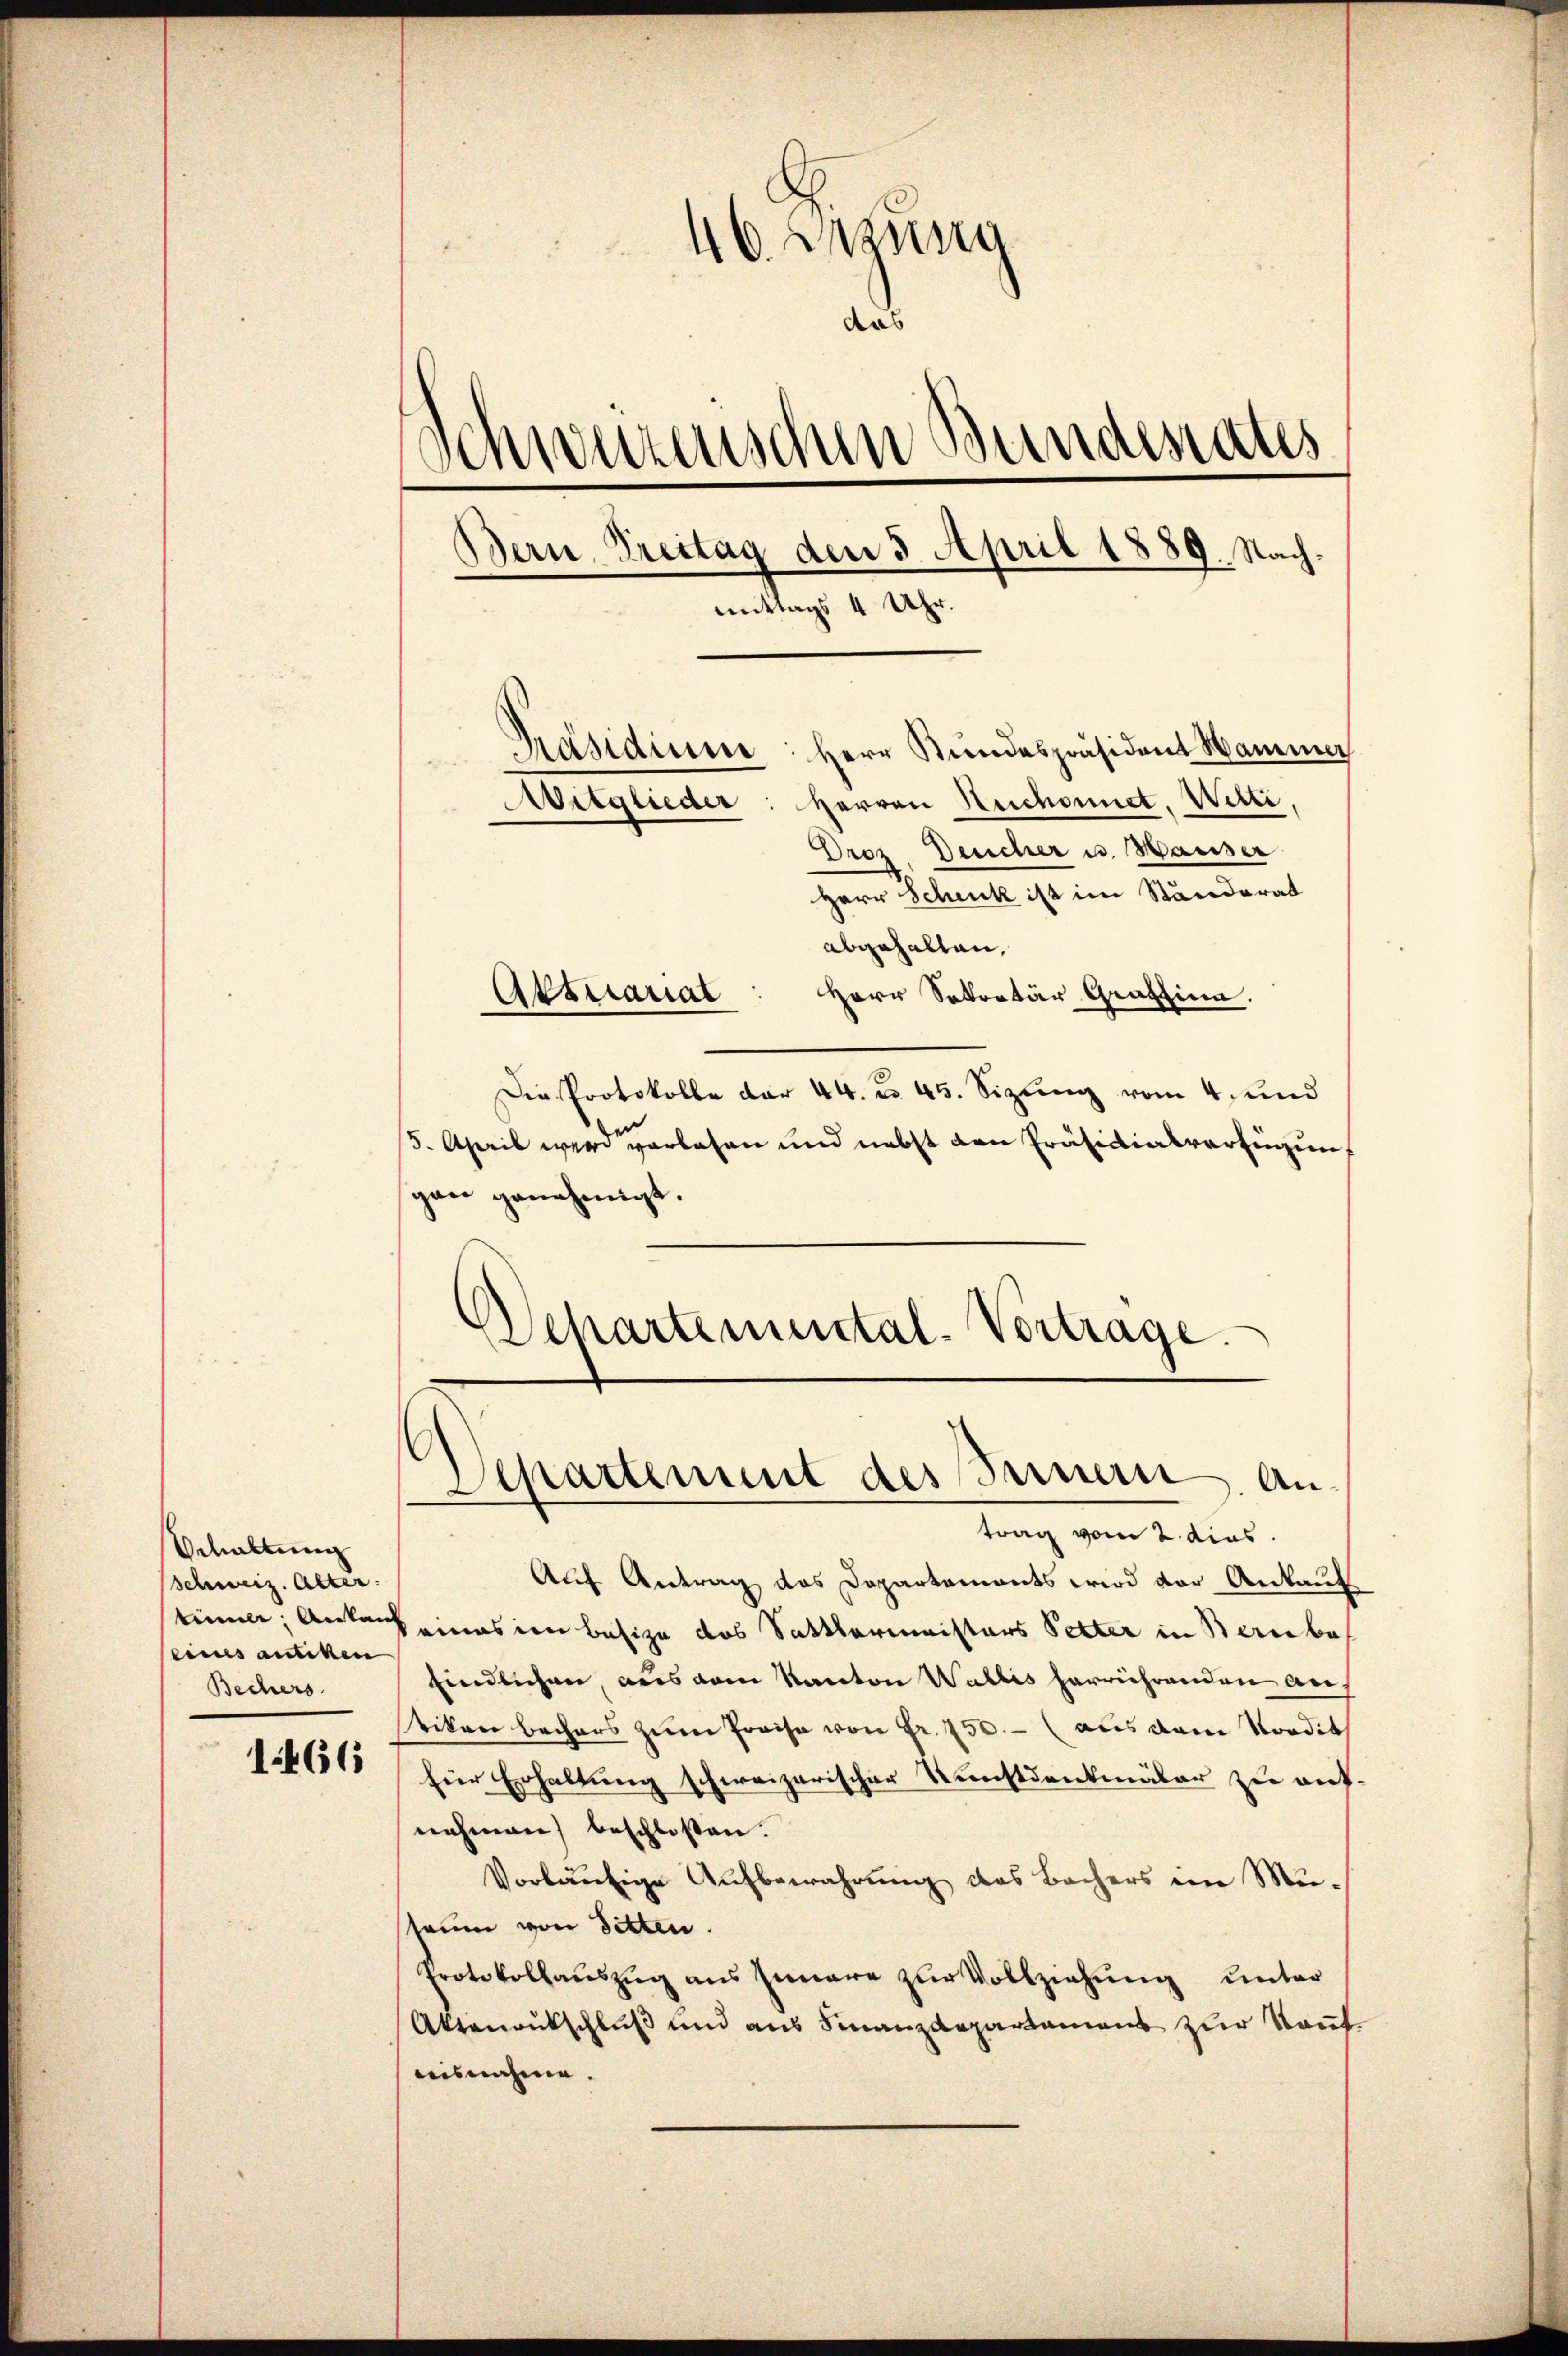
Schaltung
schweiz. Alter.
bimele Anken |
eines antiken
Bechers.

1466

46. Jung
Schweizenschen Bundesrates
Bern. Preitag den 3. April 1889. Nachmittags 4 Uhr.
Präsidium: Herr Stundespräsident Hammer
Herren Reichonnet, Welti,
Aitglieder
Dros Deucher u. Hasser

Herr Schenk ist im Ständerat
abgehalten,
Herr Sekretär Graffina.
Attuariat
Die Protokolle der 44. No 45. Sizeung vom 4. und
15. April wird verlesen und nebst von Präsidialverfügung
gan genehmigt.
Schartemental-Vertrage.

¬
Separtement des Sauern An-

trag vom 2. dies
Auf Antrag das Departements wird vor Ankauf
keines in Besize das Sattlermeisters Petter in Bernbe
Eindlichen, aus dem Kanton Wallis herrührenden auf
tikon bechars zum Preise von Fr. 750.- (aus dem Nordit
für Erhaltung schweizerischer Kunstdenkmäler zu aufnehmen) beschlossen.
Vorläufige Aufbewahrung des Bachers im Musaum von Sitten.
Protokollauszug aus Innere zur Vollziehung unter
Aktenrutschluß und aus Finanzdepartement zur Kant
ausnahme.

das